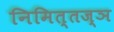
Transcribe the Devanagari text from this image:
निमित्तज्ञ